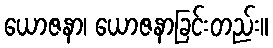
ယောဇနာ၊ ယောဇနာခြင်းတည်း။